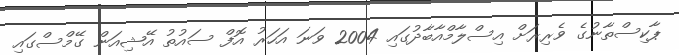
ޕާކިސްތާނުގެ ވެރިރަށް އިސްލާމްއާބާދުގައި 2004 ވަނަ އަހަރު އޮފް ސައުތު އޭޝިއަން ގޭމްސްގައި